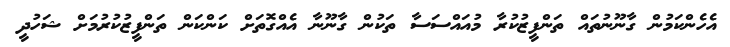
އެހެންކަމުން ގާނޫނުތައް ތަންފީޒުކުރާ މުއައްސަސާ ތަކުން ގާނޫނާ އެއްގޮތަށް ކަންކަން ތަންފީޒުކުރުމަށް ޝަހުދީ